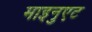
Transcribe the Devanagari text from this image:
माइनुएट